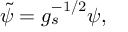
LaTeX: \tilde { \psi } = g _ { s } ^ { - 1 / 2 } \psi ,